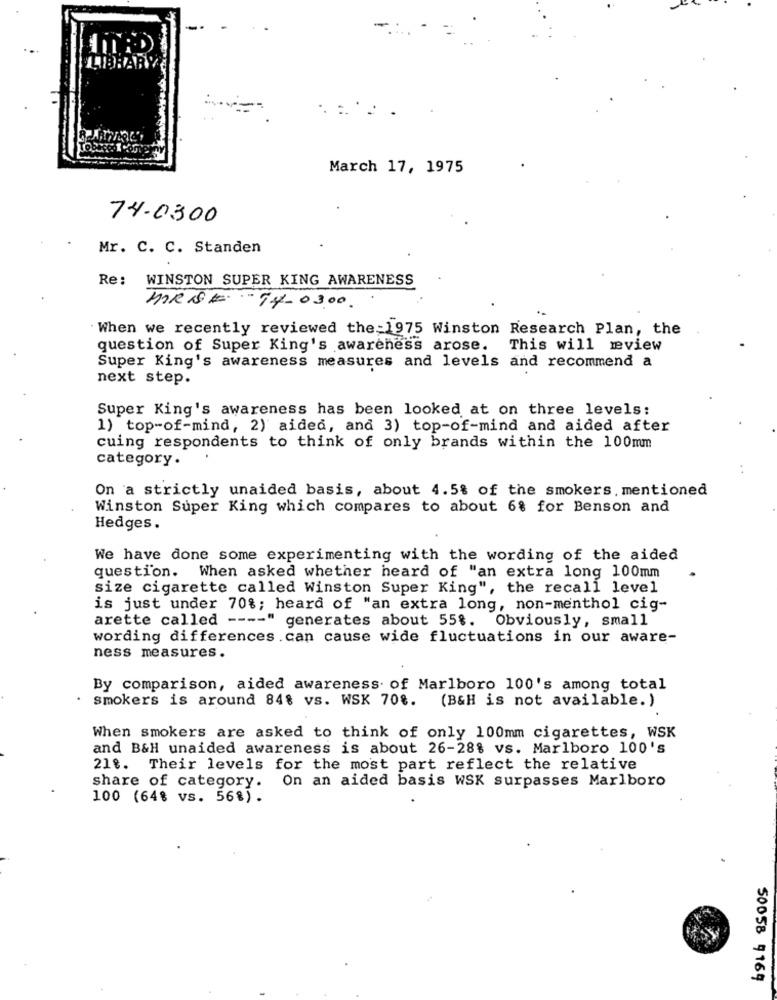
3HA
:
March 17, 1975
74.0300
Mr. C. C. Standen
Re: WINSTON SUPER KING AWARENESS
MRSK -T4-0300
When we recently reviewed the 1975 Winston Research Plan, the
question of Super King's awareness arose. This will review
Super King's awareness measures and levels and recommend a
next step.
Super King's awareness has been looked at on three levels:
1) top-of-mind, 2) aided, and 3) top-of-mind and aided after
cuing respondents to think of only brands within the 100mm
category .
On a strictly unaided basis, about 4.5% of the smokers. mentioned
Winston Super King which compares to about 6% for Benson and
Hedges.
We have done some experimenting with the wording of the aided
question. When asked whether heard of "an extra long 100mm
size cigarette called Winston Super King", the recall level
is just under 70%; heard of "an extra long, non-menthol cig-
arette called ---- " generates about 55%.
Obviously, small
wording differences .can cause wide fluctuations in our aware-
ness measures.
By comparison, aided awareness of Marlboro 100's among total
.
smokers is around 84% vs. WSK 70%. (B&H is not available. )
When smokers are asked to think of only 100mm cigarettes, WSK
and B&H unaided awareness is about 26-28% vs. Marlboro 100's
218. Their levels for the most part reflect the relative
share of category.
On an aided basis WSK surpasses Marlboro
100 (64% vs. 56%).
50058 9169